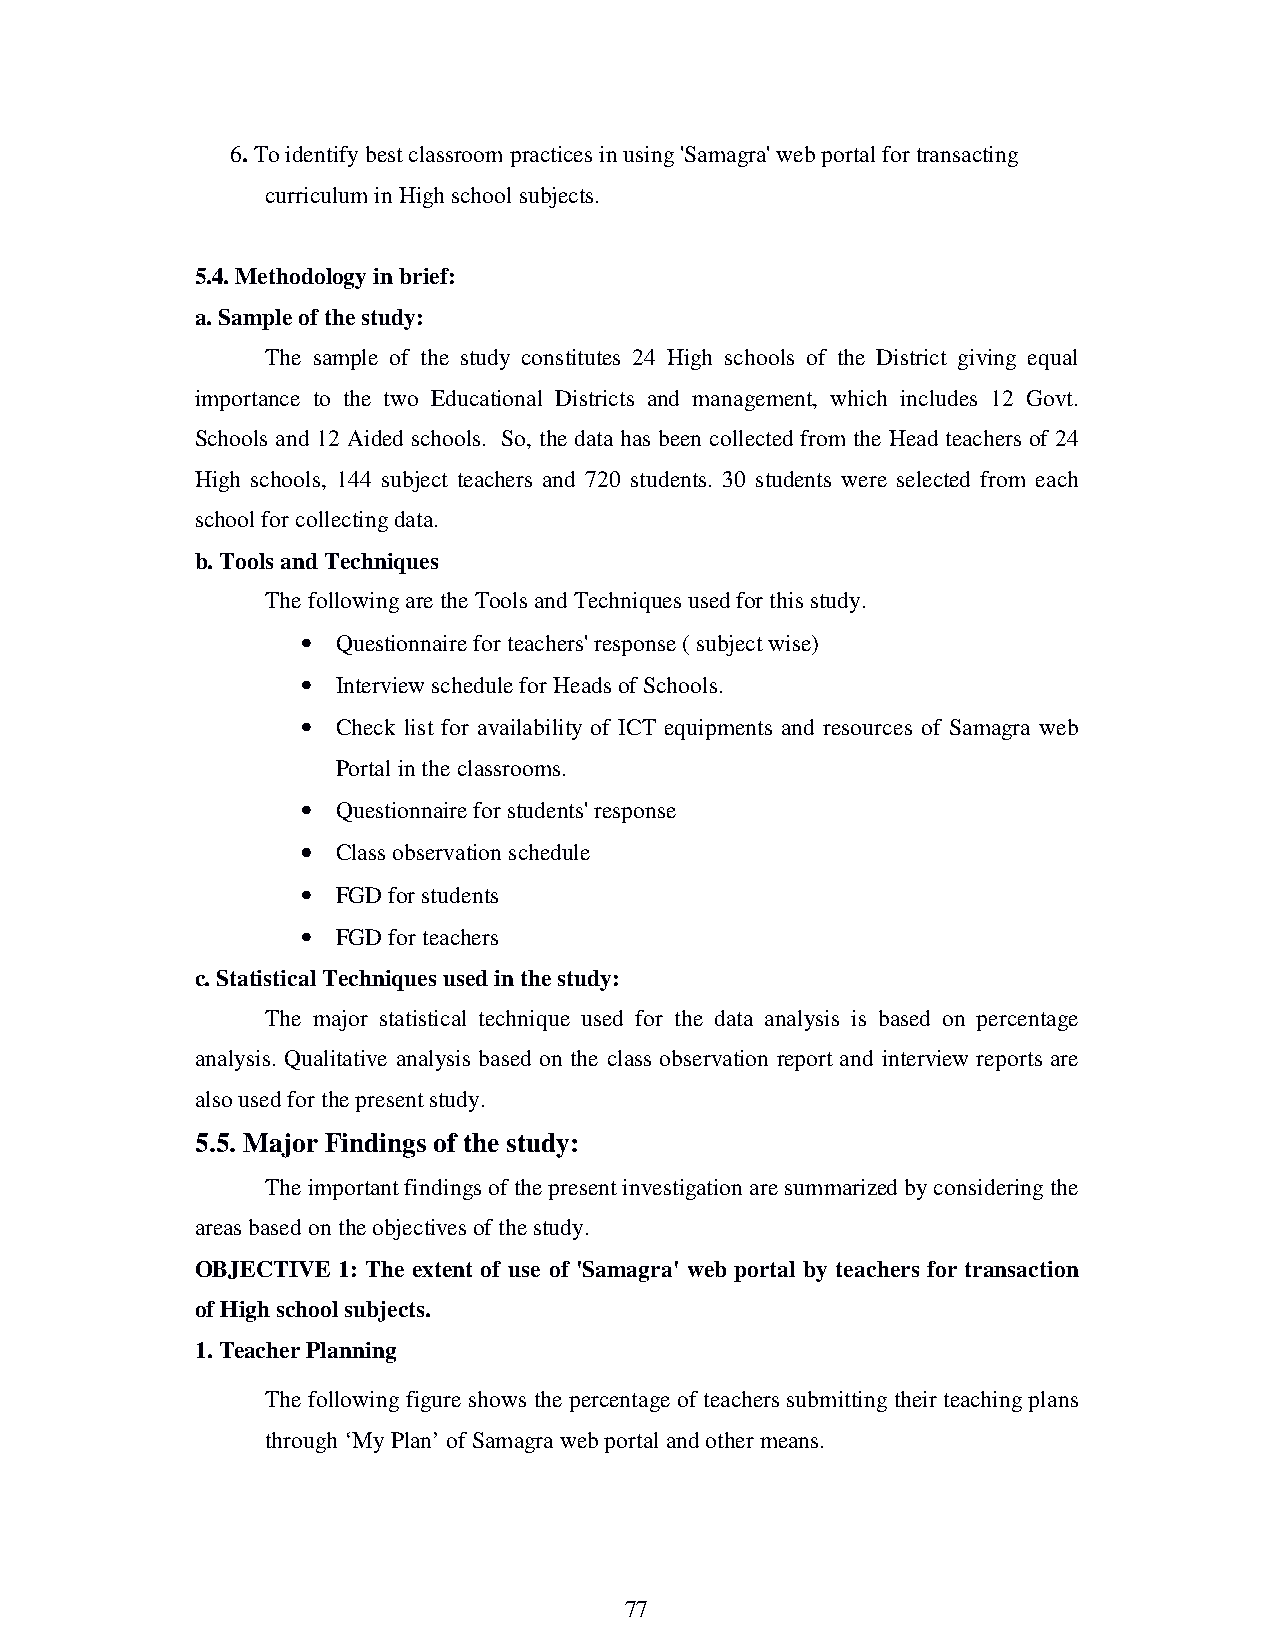
6. To identify best classroom practices in using 'Samagra' web portal for transacting
 curriculum in High school subjects.
 5.4. Methodology in brief:
 a. Sample of the study:
 The sample of the study constitutes 24 High schools of the District giving equal
 importance to the two Educational Districts and management, which includes 12 Govt.
 Schools and 12 Aided schools. So, the data has been collected from the Head teachers of 24
 High schools, 144 subject teachers and 720 students. 30 students were selected from each
 school for collecting data.
 b. Tools and Techniques
 The following are the Tools and Techniques used for this study.
 •••• Questionnaire for teachers' response ( subject wise)
 •••• Interview schedule for Heads of Schools.
 •••• Check list for availability of ICT equipments and resources of Samagra web
 Portal in the classrooms.
 •••• Questionnaire for students' response
 •••• Class observation schedule
 •••• FGD for students
 •••• FGD for teachers
 c. Statistical Techniques used in the study:
 The major statistical technique used for the data analysis is based on percentage
 analysis. Qualitative analysis based on the class observation report and interview reports are
 also used for the present study.
 5.5. Major Findings of the study:
 The important findings of the present investigation are summarized by considering the
 areas based on the objectives of the study.
 OBJECTIVE 1: The extent of use of 'Samagra' web portal by teachers for transaction
 of High school subjects.
 1. Teacher Planning
 The following figure shows the percentage of teachers submitting their teaching plans
 through ‘My Plan’ of Samagra web portal and other means.
 77